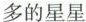
多的星星